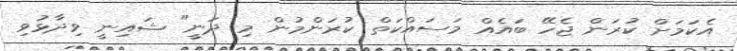
އެކަމަށް ކުރަން ޖެހޭ ބައެއް މަސައްކަތް ކުރަންމުން މި ދަނީ" ޝައިނީ ވިދާޅުވި